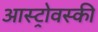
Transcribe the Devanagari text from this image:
आस्ट्रोवस्की